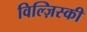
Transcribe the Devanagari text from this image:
विल्ज़िस्की